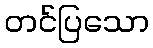
တင်ပြသော